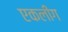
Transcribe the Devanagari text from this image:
एकलीग